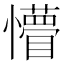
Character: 懵